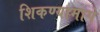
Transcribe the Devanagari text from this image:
शिकण्यामागे